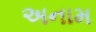
અનામ